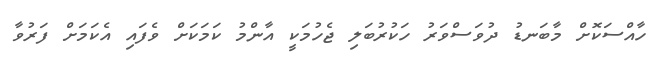
ހާއްސަކޮށް މާބަނޑު ދުވަސްވަރު ހަކުރުބަލި ޖެހުމަކީ އާންމު ކަމަކަށް ވެފައި އެކަމަަށް ފަރުވާ